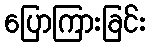
ပြောကြားခြင်း